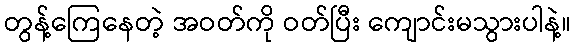
တွန့်ကြေနေတဲ့ အဝတ်ကို ဝတ်ပြီး ကျောင်းမသွားပါနဲ့။